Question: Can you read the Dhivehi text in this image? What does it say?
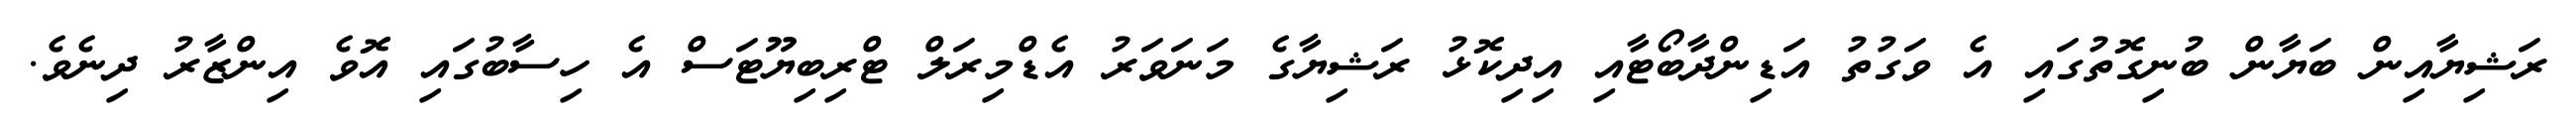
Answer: ރަޝިޔާއިން ބަޔާން ބުނިގޮތުގައި އެ ވަގުތު އަޑިންދާބޯޓާއި އިދިކޮޅު ރަޝިޔާގެ މަނަވަރު އެޑްމިރަލް ޓްރިބިޔޫޓަސް އެ ހިސާބުގައި އޮވެ އިންޒާރު ދިނެވެ.